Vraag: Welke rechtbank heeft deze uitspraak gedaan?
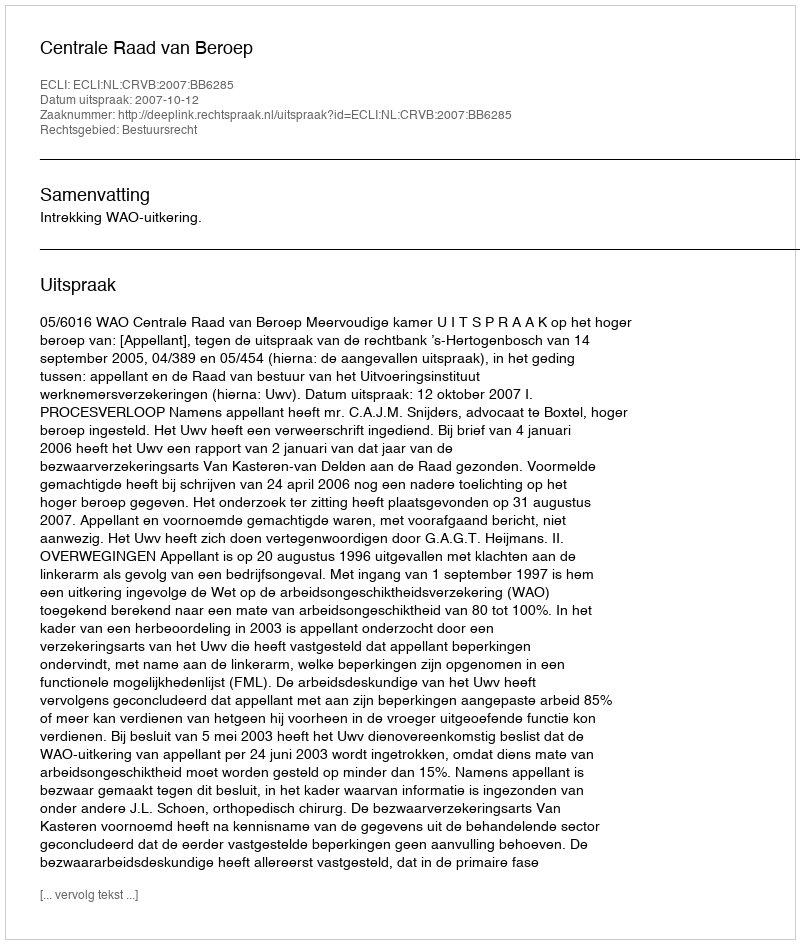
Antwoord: Centrale Raad van Beroep